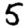
Digit: 5